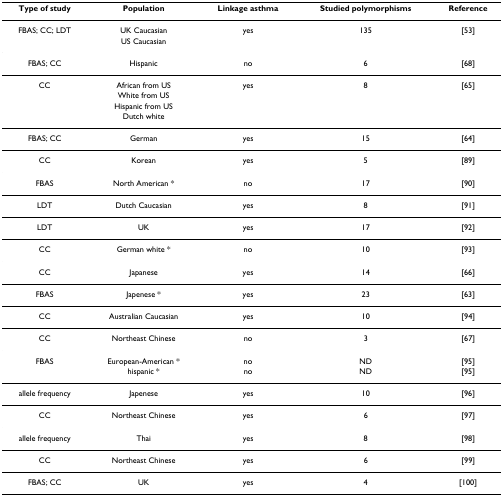
<table><thead><tr><td><b>Type of study</b></td><td><b>Population</b></td><td><b>Linkage asthma</b></td><td><b>Studied polymorphisms</b></td><td><b>Reference</b></td></tr></thead><tbody><tr><td>FBAS; CC; LDT</td><td>UK Caucasian</td><td>yes</td><td>135</td><td>[53]</td></tr><tr><td></td><td>US Caucasian</td><td></td><td></td><td></td></tr><tr><td>FBAS; CC</td><td>Hispanic</td><td>no</td><td>6</td><td>[68]</td></tr><tr><td>CC</td><td>African from US</td><td>yes</td><td>8</td><td>[65]</td></tr><tr><td></td><td>White from US</td><td></td><td></td><td></td></tr><tr><td></td><td>Hispanic from US</td><td></td><td></td><td></td></tr><tr><td></td><td>Dutch white</td><td></td><td></td><td></td></tr><tr><td>FBAS; CC</td><td>German</td><td>yes</td><td>15</td><td>[64]</td></tr><tr><td>CC</td><td>Korean</td><td>yes</td><td>5</td><td>[89]</td></tr><tr><td>FBAS</td><td>North American *</td><td>no</td><td>17</td><td>[90]</td></tr><tr><td>LDT</td><td>Dutch Caucasian</td><td>yes</td><td>8</td><td>[91]</td></tr><tr><td>LDT</td><td>UK</td><td>yes</td><td>17</td><td>[92]</td></tr><tr><td>CC</td><td>German white *</td><td>no</td><td>10</td><td>[93]</td></tr><tr><td>CC</td><td>Japanese</td><td>yes</td><td>14</td><td>[66]</td></tr><tr><td>FBAS</td><td>Japenese *</td><td>yes</td><td>23</td><td>[63]</td></tr><tr><td>CC</td><td>Australian Caucasian</td><td>yes</td><td>10</td><td>[94]</td></tr><tr><td>CC</td><td>Northeast Chinese</td><td>no</td><td>3</td><td>[67]</td></tr><tr><td>FBAS</td><td>European-American *</td><td>no</td><td>ND</td><td>[95]</td></tr><tr><td></td><td>hispanic *</td><td>no</td><td>ND</td><td>[95]</td></tr><tr><td>allele frequency</td><td>Japenese</td><td>yes</td><td>10</td><td>[96]</td></tr><tr><td>CC</td><td>Northeast Chinese</td><td>yes</td><td>6</td><td>[97]</td></tr><tr><td>allele frequency</td><td>Thai</td><td>yes</td><td>8</td><td>[98]</td></tr><tr><td>CC</td><td>Northeast Chinese</td><td>yes</td><td>6</td><td>[99]</td></tr><tr><td>FBAS; CC</td><td>UK</td><td>yes</td><td>4</td><td>[100]</td></tr></tbody></table>